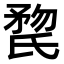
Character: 𣱏